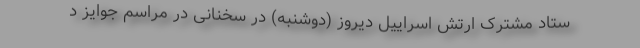
ستاد مشترک ارتش اسراییل دیروز (دوشنبه) در سخنانی در مراسم جوایز د